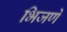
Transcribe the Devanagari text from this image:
भिजणे